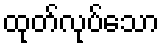
ထုတ်လုပ်သော